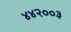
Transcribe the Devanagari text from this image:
४४२००३